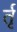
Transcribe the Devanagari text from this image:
र्तृ